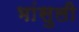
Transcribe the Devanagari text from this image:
भांसुली